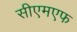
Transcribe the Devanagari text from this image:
सीएमएफ